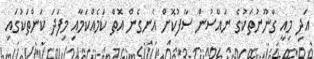
އަދި މިއީ ގާނޫނުތަކުގެ ނައްސުން ސާފުކޮށް އެނގެން އޮތް ކަމެއްކަމާއި މިފަދަ ކަންތަކުގައި